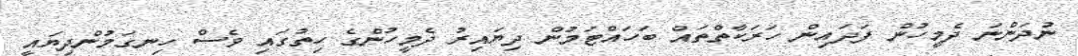
ނުދަންނަ ދެމީހުން ފަދައިން ހަރަކާތްތައް ބަހައްޓަމުން ދިޔައިރު ދެމީހުންގެ ހިތުގައި ވެސް ހިނގަމުންދިޔައީ